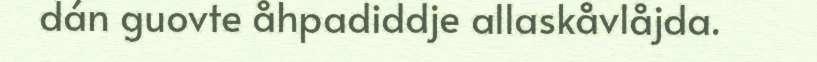
dán guovte åhpadiddje allaskåvlåjda.